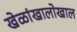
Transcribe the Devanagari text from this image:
खेळांखालोखाल